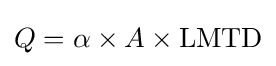
Q=\alpha \times A\times \mathrm {LMTD}